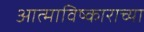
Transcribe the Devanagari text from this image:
आत्माविष्काराच्या